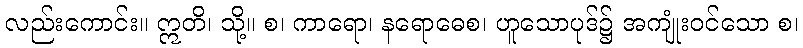
လည်းကောင်း။ ဣတိ၊ သို့။ စ၊ ကာရော၊ နရောဓေစ၊ ဟူသောပုဒ်၌ အကျုံးဝင်သော စ၊